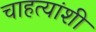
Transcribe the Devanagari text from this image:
चाहत्यांशी